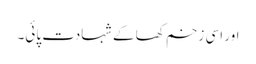
اور اسی زخم کھا کے شہادت پائی۔